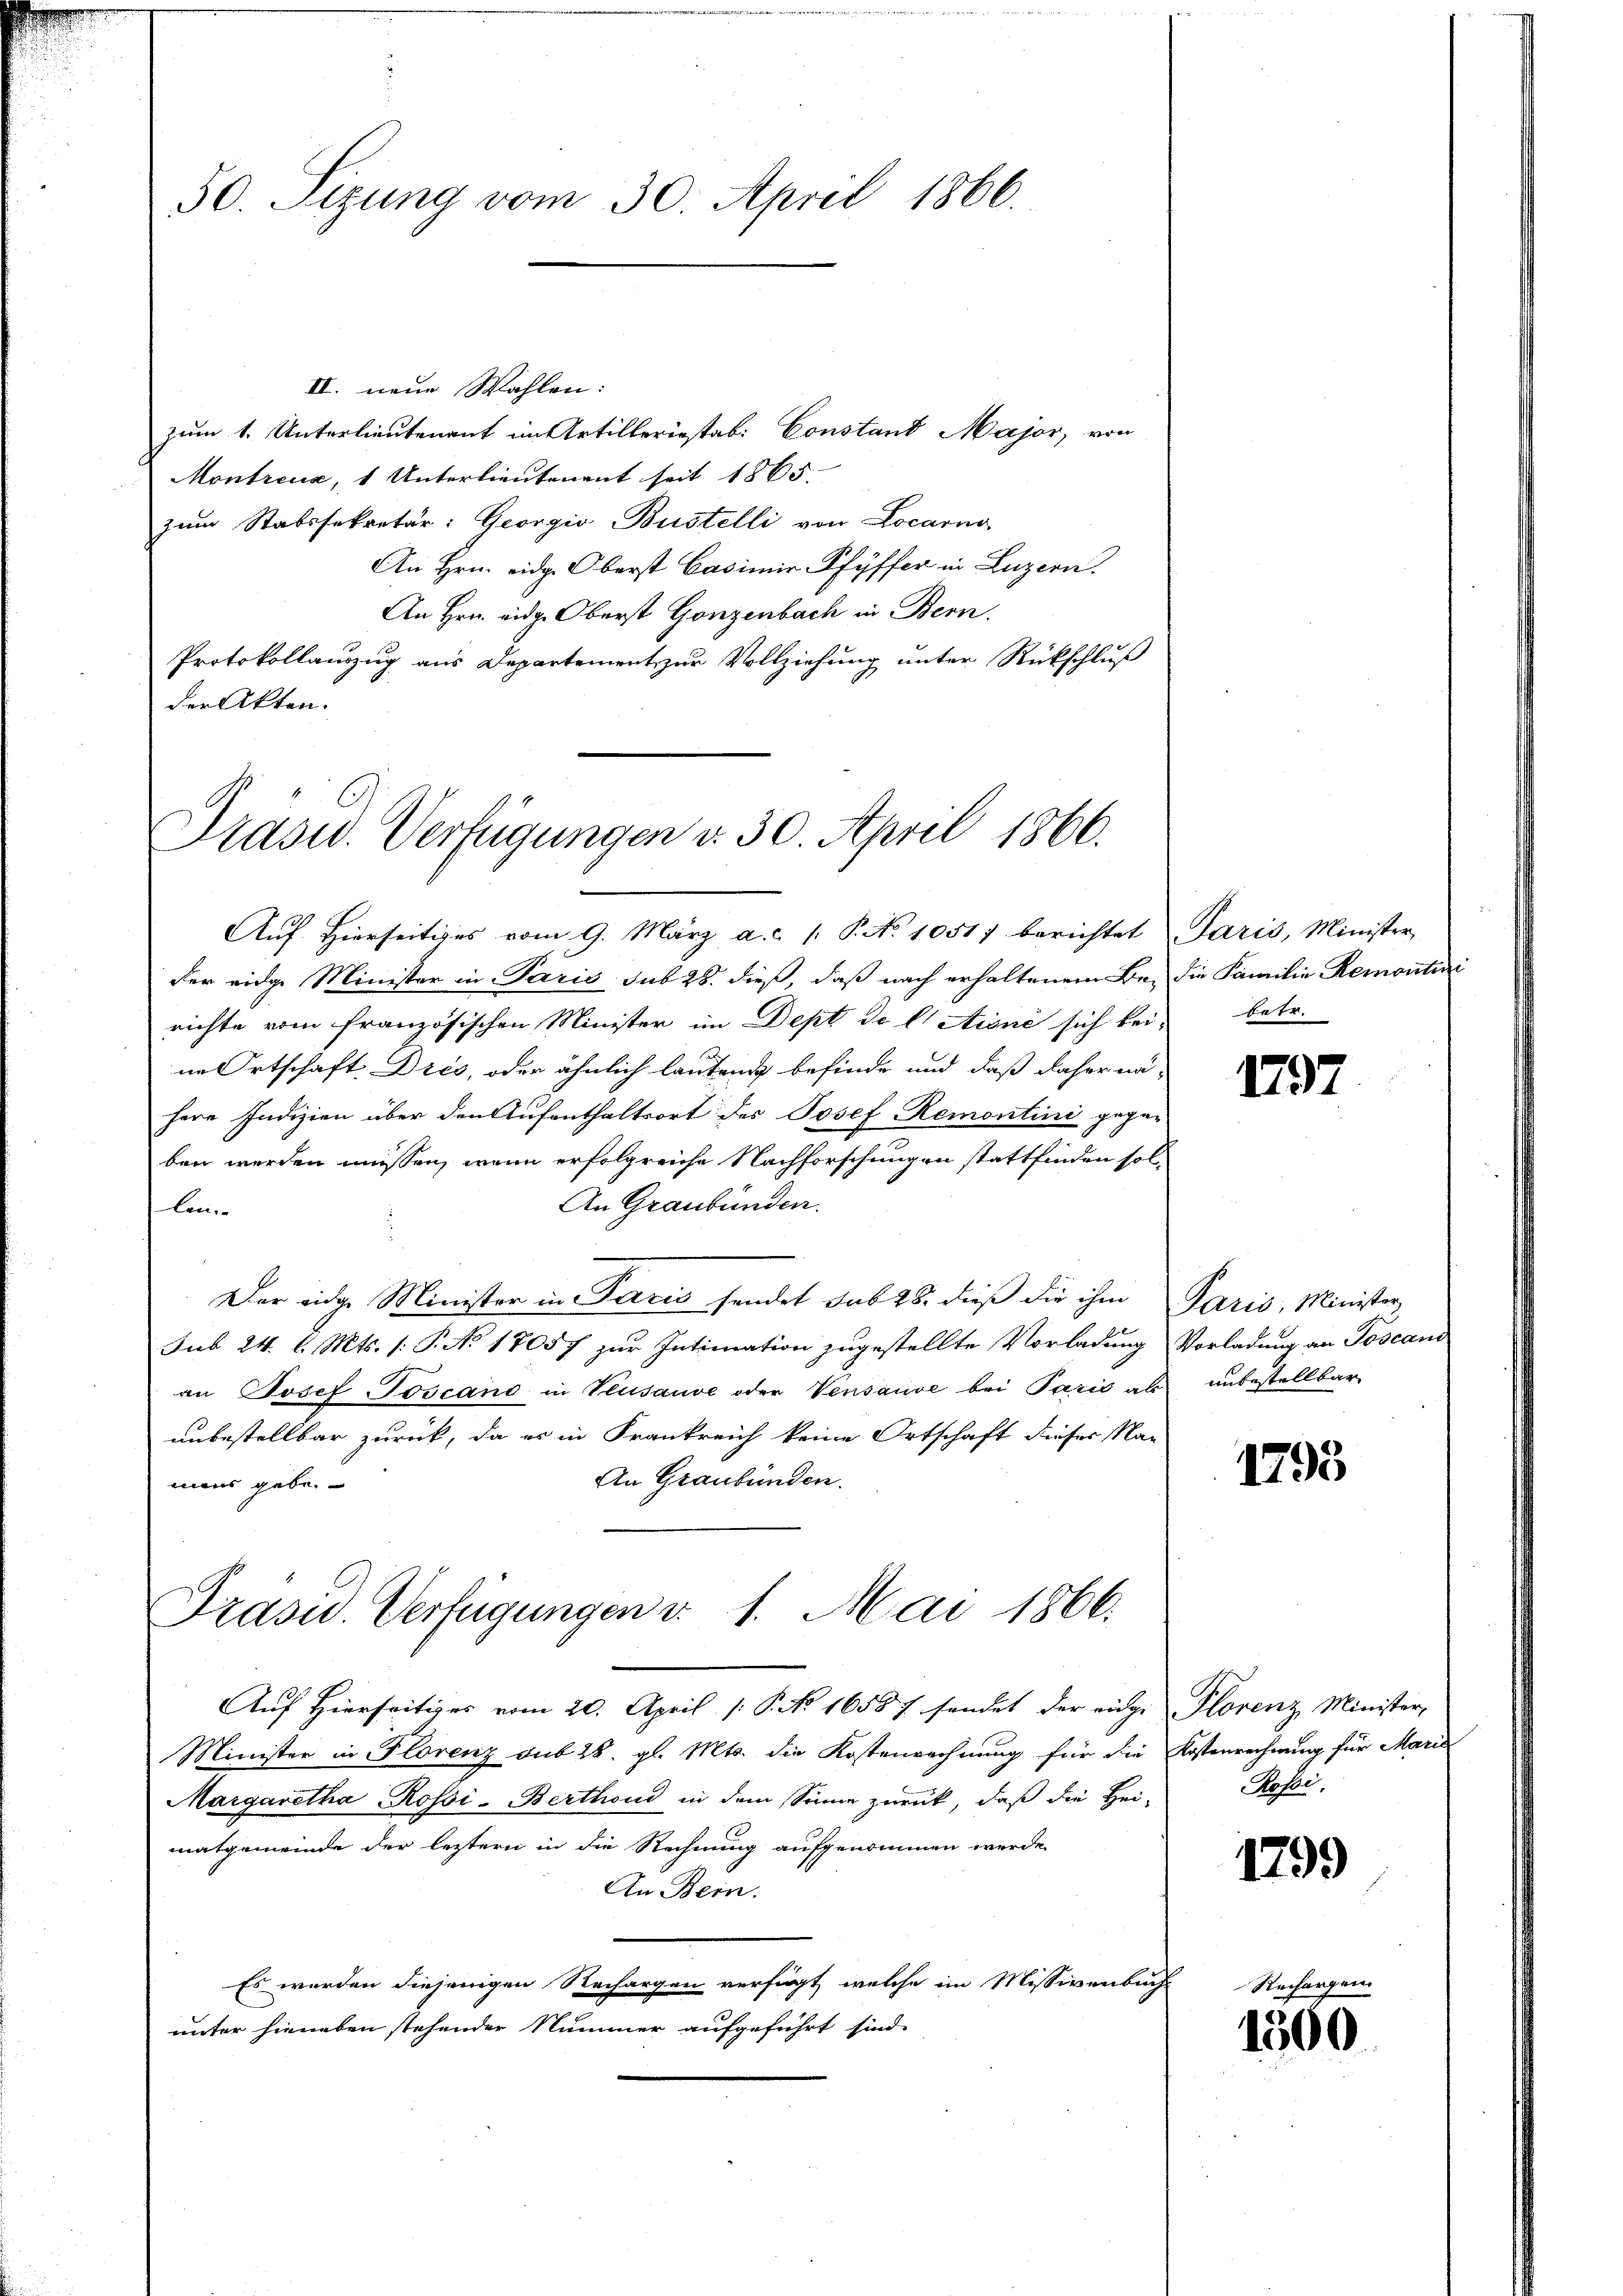
50. Sizung vom 30. April 1866.

Prasw. Verfügungen v. 30. April 1866.
Aŭf Hierseitiges vom 9. März a. c. 1. P. No 10517 berichtet Paris, Minister

Präsid. Verfügungen v. 1. Mai 1866.

II. neue Wahlen:
zum 1. Unterlieutenant im Artilleriestab: Constant Major, von
Montreux, 1 Unterlieutenant seit 1865
zum Stabssekretär: Georgio Bustelli von Locarno
An Hrn. eidg. Oberst Casimir Pfyffer in Luzern.
An Hrn. eidg. Oberst Gonzenbach in Bern.
Protokollauszug aus Departement zur Vollziehung unter Rückschluß
der Akten.

der eidge Minister in Paris sub 28. dieß, daß nach erhaltenem Be- die Familie Remontin
richte vom französischen Minister im Dept de latione sich bei-
ne Ortschaft Drés, oder ähnlich lautend befinde und daß daher nä-
herr Indizien über den Aufenthaltsort des Josef Remontini gegen
ben werden müssen, wenn erfolgreiche Nachforschungen stattfinden sol¬
An Graubünden.
len.
Der eidge Minister in Pacis sendet sub 28. dieß die ihm Paris, Minister
Sub 24. d. Mts. (: P. No 18057 zur Intimation zugestellte Vorladung Vorladung an Toscand
an Josef Toscano in Veusauve oder Vensause bei Pazić als unbestellbar
unbestellbar zurück, da er in Frankreich keine Ortschaft dieser Na-
An Graubünden.
mein gebe.

Auf Hierseitiges vom 20. April /: P. No. 16587 sendet der eidge Plorenz Minister-
Minister in Florenz sub 28. gl. Mts. die Kostenrechnung für die Kostenrechnung für Mariel
Margaretha Rossi-Berthoud in dem Sinne zurück, daß die Heimatgemeinde der leztern in die Rechnung aufgenommen werde.
An Bein.
Es werden diejenigen Nachargen verfügt, welche im Missivenbuch-
unter hieneben stehender Nummer aufgeführt sind.

betr.

1797

1793

Hesse.

1799

1500

Rechargen